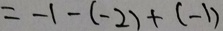
= - 1 - ( - 2 ) + ( - 1 )